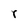
Character: r